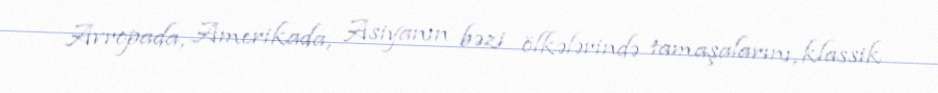
Avropada, Amerikada, Asiyanın bəzi ölkələrində tamaşalarını, klassik